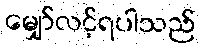
မျှော်လင့်ရပါသည်